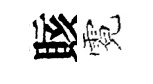
賅霓